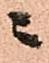
ニ